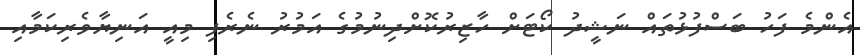
އެންމެ ފަހު ބަސްފުޅުތައް ނަޝީދު ކޯޓަށް ހާޒިރުކޮށްދިނުމުގެ އަމުރު ނެރެފި މިއީ އަނިޔާވެރިކަމާއި